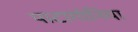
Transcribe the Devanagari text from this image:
पाटागोनिया